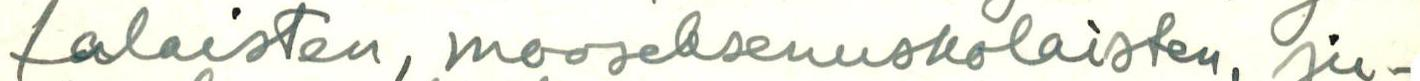
talaisten, mooseksenuskoisten, ju-